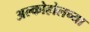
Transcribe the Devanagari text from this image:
अल्कोहोलच्या